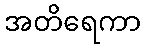
အတိရေကာ